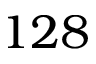
1 2 8